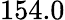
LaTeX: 154.0